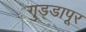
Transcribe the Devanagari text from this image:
गुड्डापूर